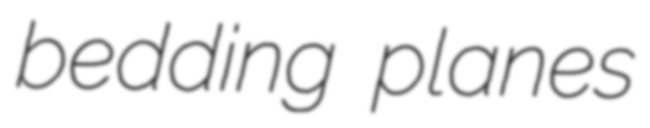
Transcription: bedding planes